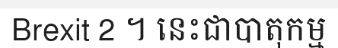
Brexit 2 ។ នេះជាបាតុកម្ម